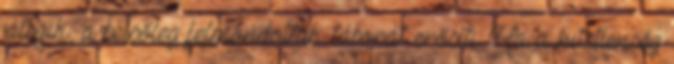
játszik, a belsőleg felmondottak táborát erősíti. Ha a hitetlenség